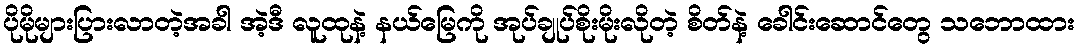
ပိုမိုများပြားလာတဲ့အခါ အဲ့ဒီ လူထုနဲ့ နယ်မြေကို အုပ်ချုပ်စိုးမိုးလိုတဲ့ စိတ်နဲ့ ခေါင်းဆောင်တွေ သဘောထား